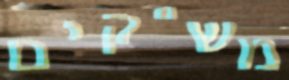
מש"קים